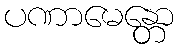
ပဏာမေန္တော